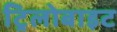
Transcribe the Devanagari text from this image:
ट्रिलोबाइट